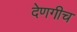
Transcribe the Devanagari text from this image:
देणगीच